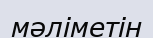
мәліметін